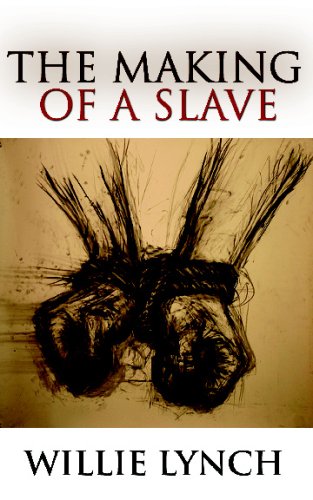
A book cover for The Making of a Slave; Willie Lynch; History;